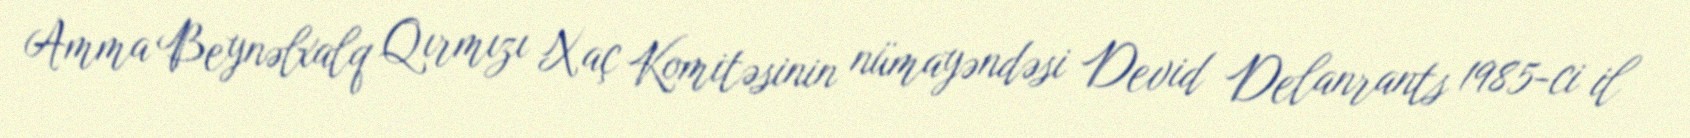
Amma Beynəlxalq Qırmızı Xaç Komitəsinin nümayəndəsi Devid Delanrants 1985-ci il